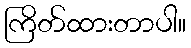
ကြိတ်ထားတာပါ။